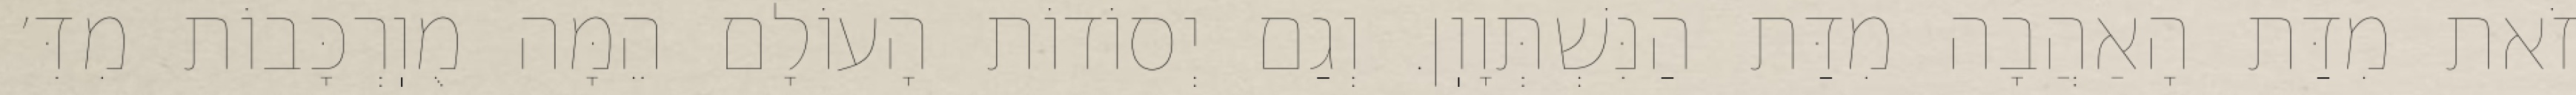
זֹאת מִדַּת הָאַהֲבָה מִדַּת הַנִּשְׁתְּוָוֽן. וְגַם יְסוֹדוֹת הָעוֹלָם הֵמָּה מֻוֽרְכָּבוֹת מִדִּ׳